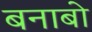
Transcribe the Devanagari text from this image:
बनाबो